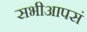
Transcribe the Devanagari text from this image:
सभीआपसं